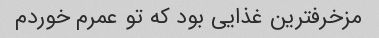
مزخرفترین غذایی بود که تو عمرم خوردم